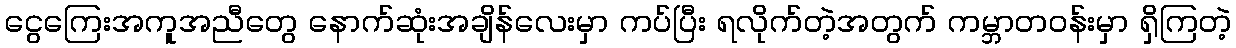
ငွေကြေးအကူအညီတွေ နောက်ဆုံးအချိန်လေးမှာ ကပ်ပြီး ရလိုက်တဲ့အတွက် ကမ္ဘာတဝန်းမှာ ရှိကြတဲ့